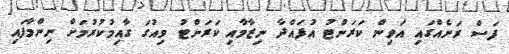
ފަސް ރަށެއްގައި އަވިން ކަރަންޓު އުފައްދާ ނިޒާމާއި ކަރަންޓު ވިއުގަ ގާއިމުކުރުމަށް ނިންމާފައި